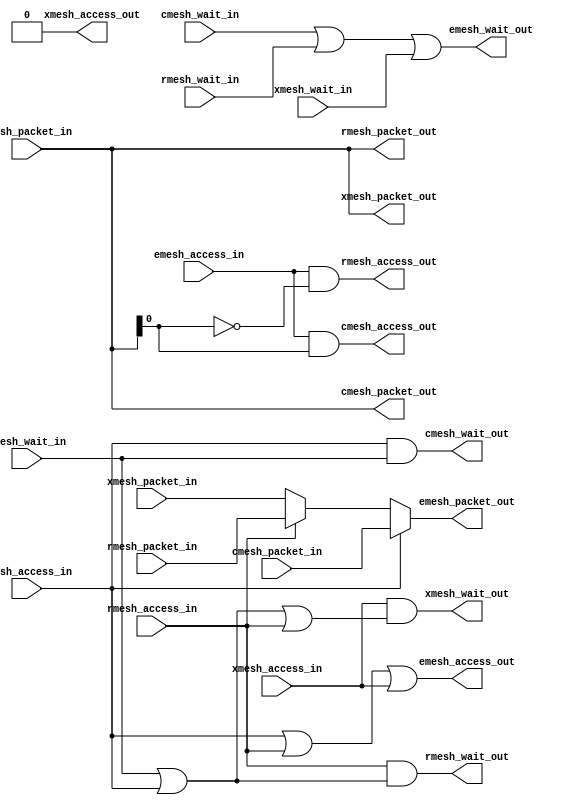
module emesh_if (/*AUTOARG*/
   // Outputs
   cmesh_wait_out, cmesh_access_out, cmesh_packet_out, rmesh_wait_out,
   rmesh_access_out, rmesh_packet_out, xmesh_wait_out,
   xmesh_access_out, xmesh_packet_out, emesh_wait_out,
   emesh_access_out, emesh_packet_out,
   // Inputs
   cmesh_access_in, cmesh_packet_in, cmesh_wait_in, rmesh_access_in,
   rmesh_packet_in, rmesh_wait_in, xmesh_access_in, xmesh_packet_in,
   xmesh_wait_in, emesh_access_in, emesh_packet_in, emesh_wait_in
   );

   parameter AW   = 32;   
   parameter PW   = 2*AW+40; 

   //##Cmesh##    
   input 	   cmesh_access_in;
   input [PW-1:0]  cmesh_packet_in;
   output 	   cmesh_wait_out;
   output 	   cmesh_access_out;
   output [PW-1:0] cmesh_packet_out;
   input 	   cmesh_wait_in;
      
   //##Rmesh## 
   input 	   rmesh_access_in;
   input [PW-1:0]  rmesh_packet_in;
   output 	   rmesh_wait_out;
   output 	   rmesh_access_out;
   output [PW-1:0] rmesh_packet_out;
   input 	   rmesh_wait_in;
   
   //##Xmesh## 
   input 	   xmesh_access_in;
   input [PW-1:0]  xmesh_packet_in;
   output 	   xmesh_wait_out;  
   output 	   xmesh_access_out;
   output [PW-1:0] xmesh_packet_out;
   input 	   xmesh_wait_in;
   
   //##Emesh##
   input 	   emesh_access_in;
   input [PW-1:0]  emesh_packet_in;
   output 	   emesh_wait_out;
   
   //core-->io
   output 	   emesh_access_out;
   output [PW-1:0] emesh_packet_out;
   input 	   emesh_wait_in;
      
   //#####################################################
   //# EMESH-->(RMESH/XMESH/CMESH)
   //#####################################################
      
   assign cmesh_access_out = emesh_access_in & emesh_packet_in[0];

   assign rmesh_access_out = emesh_access_in & ~emesh_packet_in[0];

   //Don't drive on xmesh for now
   assign xmesh_access_out = 1'b0;
      
   //Distribute emesh to xmesh,cmesh, rmesh
   assign cmesh_packet_out[PW-1:0] = emesh_packet_in[PW-1:0];	 
   assign rmesh_packet_out[PW-1:0] = emesh_packet_in[PW-1:0];	 
   assign xmesh_packet_out[PW-1:0] = emesh_packet_in[PW-1:0];


   assign emesh_wait_out = cmesh_wait_in |
			   rmesh_wait_in |
			   xmesh_wait_in;
  	 	 
   //#####################################################
   //# (RMESH/XMESH/CMESH)-->EMESH
   //#####################################################

   assign emesh_access_out = cmesh_access_in |
			     rmesh_access_in |
			     xmesh_access_in;
   

   //TODO: Make round robin?? (Fancify)
   assign emesh_packet_out[PW-1:0] = cmesh_access_in ? cmesh_packet_in[PW-1:0] :
				     rmesh_access_in ? rmesh_packet_in[PW-1:0] :
				                       xmesh_packet_in[PW-1:0];
   
   assign cmesh_wait_out = (cmesh_access_in & emesh_wait_in);
   

   assign rmesh_wait_out = rmesh_access_in & 
			   (emesh_wait_in | cmesh_access_in);
				

   assign xmesh_wait_out = xmesh_access_in & 
			   (emesh_wait_in | cmesh_access_in | rmesh_access_in);
   
				     
endmodule